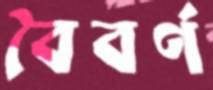
বৈবর্ণ